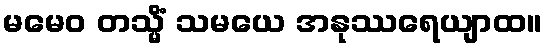
မမေဝ တသ္မိံ သမယေ အနုဿရေယျာထ။